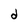
Character: d